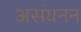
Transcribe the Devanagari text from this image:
असंघनन